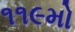
૧૧૯મો